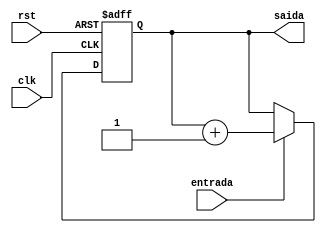
module contador_3b (clk, rst, entrada, saida);

input rst, clk, entrada;
output reg [2:0] saida;



always @ (posedge clk, posedge rst)
begin
  if (rst)
  begin 
	 saida <= 3'b0;
  end
  else if (entrada)
   begin
     saida <= saida + 1'b1;
	end 
end

endmodule